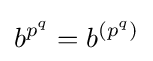
b^{p^{q}}=b^{\left(p^{q}\right)}